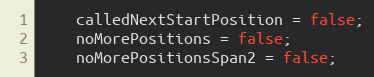
Language: Java
    calledNextStartPosition = false;
    noMorePositions = false;
    noMorePositionsSpan2 = false;